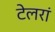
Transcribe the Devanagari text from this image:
टेलरां